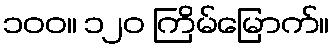
၁၀၀။ ၁၂၀ ကြိမ်မြောက်။